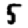
Digit: 5